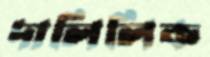
দালিলিক